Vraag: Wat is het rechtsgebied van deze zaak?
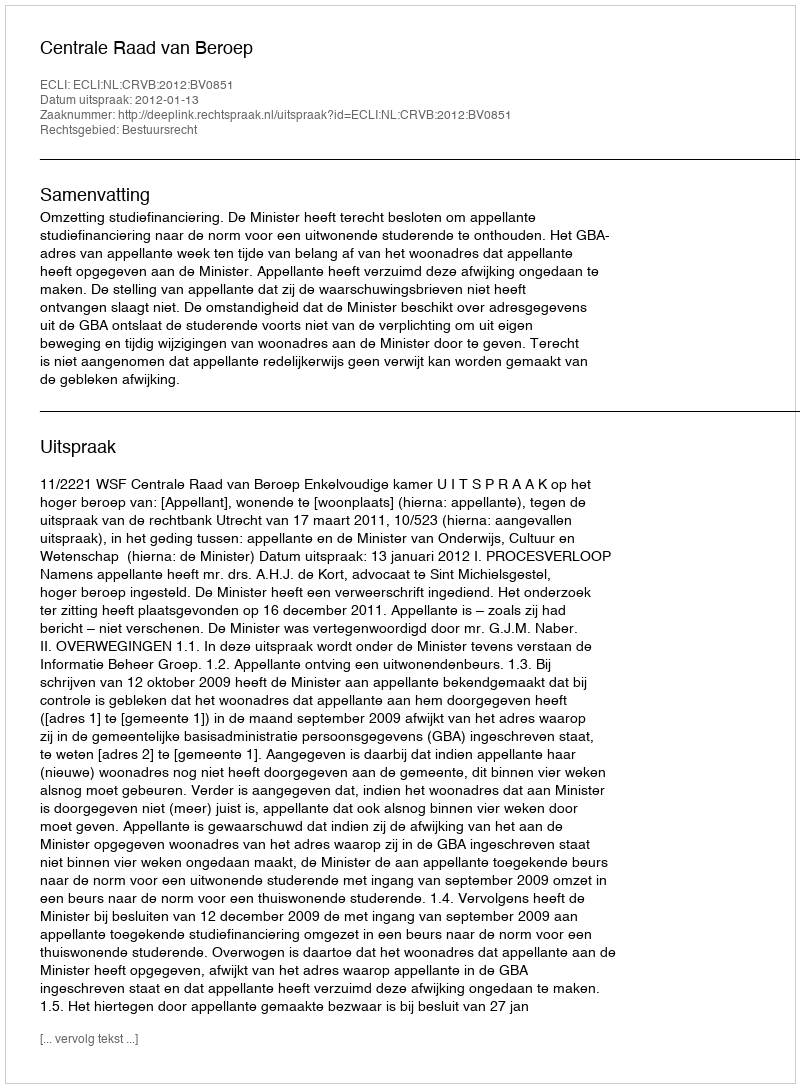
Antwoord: Bestuursrecht